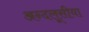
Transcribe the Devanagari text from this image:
अन्दलूसीया